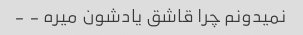
نمیدونم چرا قاشق یادشون میره - -